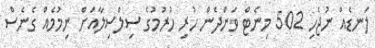
ލަނޑެއް ނުޖެހި 502 މިނެޓް ވަންދެން ހުރި ހުރުމުގެ ސިލްސިލާއަށް ނިމުމެއް ގެނެސް